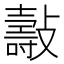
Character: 𣀓